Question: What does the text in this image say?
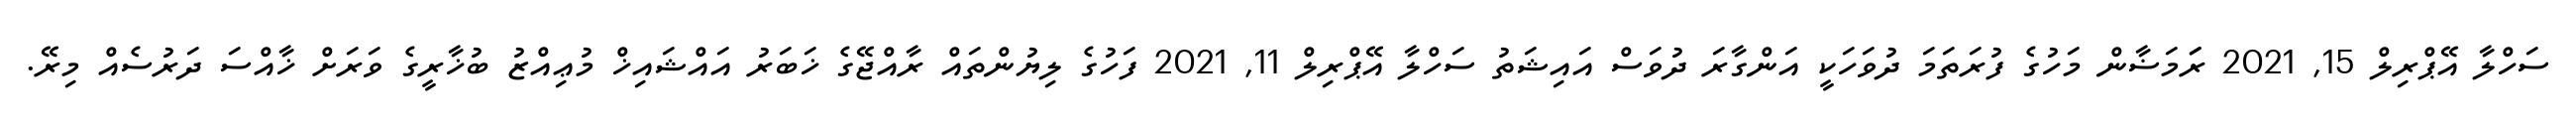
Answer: ސަހްލާ އޭޕްރިލް 15, 2021 ރަަމަޟާން މަހުގެ ފުރަތަމަ ދުވަހަކީ އަންގާރަ ދުވަސް އައިޝަތު ސަހްލާ އޭޕްރިލް 11, 2021 ފަހުގެ ލިޔުންތައް ރާއްޖޭގެ ޚަބަރު އައްޝައިޚް މުޢިއްޒު ބުޚާރީގެ ވަރަށް ޚާއްސަ ދަރުސެއް މިރޭ.